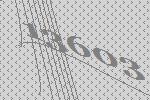
13603